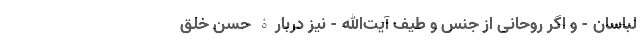
لباسان - و اگر روحانی از جنس و طیف آیت‌الله - نیز دربارۀ حُسن خُلق